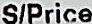
S/PRICE